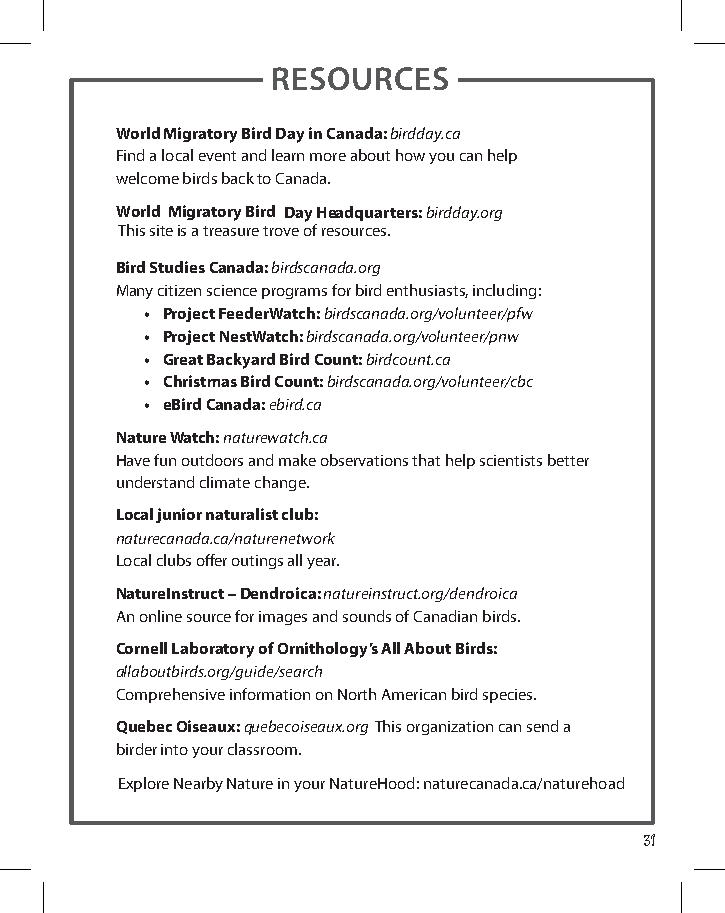
resources
 World Migratory Bird day in canada: birdday.ca
 Find a local event and learn more about how you can help
 welcome birds back to Canada.
 World Migratory Bird day Headquarters: birdday.org
 This site is a treasure trove of resources.
 Bird Studies canada: birdscanada.org
 many citizen science programs for bird enthusiasts, including:
 • Project FeederWatch: birdscanada.org/volunteer/pfw
 • Project nestWatch: birdscanada.org/volunteer/pnw
 • Great Backyard Bird count: birdcount.ca
 • christmas Bird count: birdscanada.org/volunteer/cbc
 • eBird canada: ebird.ca
 nature Watch: naturewatch.ca
 have fun outdoors and make observations that help scientists better
 understand climate change.
 Local junior naturalist club:
 naturecanada.ca/naturenetwork
 Local clubs offer outings all year.
 natureinstruct – dendroica: natureinstruct.org/dendroica
 an online source for images and sounds of Canadian birds.
 cornell Laboratory of ornithology’s All About Birds:
 allaboutbirds.org/guide/search
 Comprehensive information on north american bird species.
 Quebec oiseaux: quebecoiseaux.org this organization can send a
 birder into your classroom.
 Explore Nearby Nature in your NatureHood: naturecanada.ca/naturehoad
 31